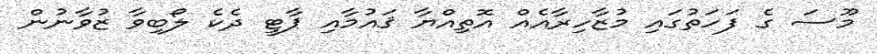
މޫސަ ގެ ފަހަތުގައި މުޒާހިރާއެއް އޮތިއްޔާ ޤައުމާއި ޕާޓީ ދެކެ ލޯބިވާ ޒުވާނުން